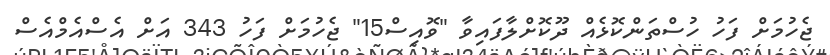
ޖެހުމަށް ފަހު ހުސްތަންކޮޅެއް ދޫކޮށްލާފައިވާ "ވޮއިސް15" ޖެހުމަށް ފަހު 343 އަށް އެސްއެމްއެސް